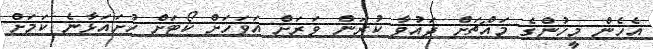
އެހެން މީހުންގެ މައްޗަށް ދައުވާ ކުރަން ވަރަށް އަވަހަށް ކޯޓަށް ހުށައަޅާނެ ކަމަށް